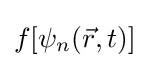
f[\psi _{n}({\vec {r}},t)]